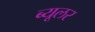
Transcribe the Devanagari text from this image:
ब्यूलर